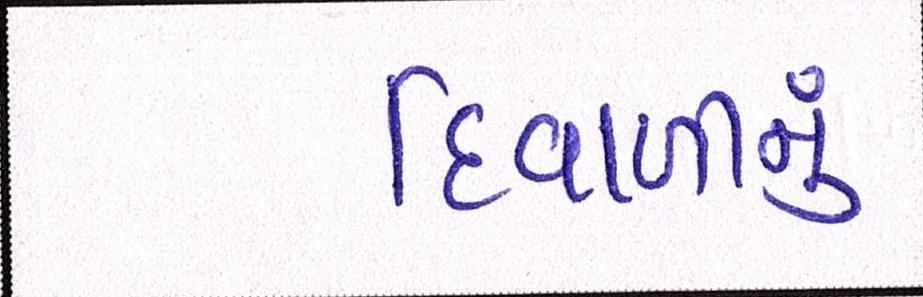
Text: દિવાળીનું